Report on vaccination in the Province of Bengal - 1874-1889
Year: 1874
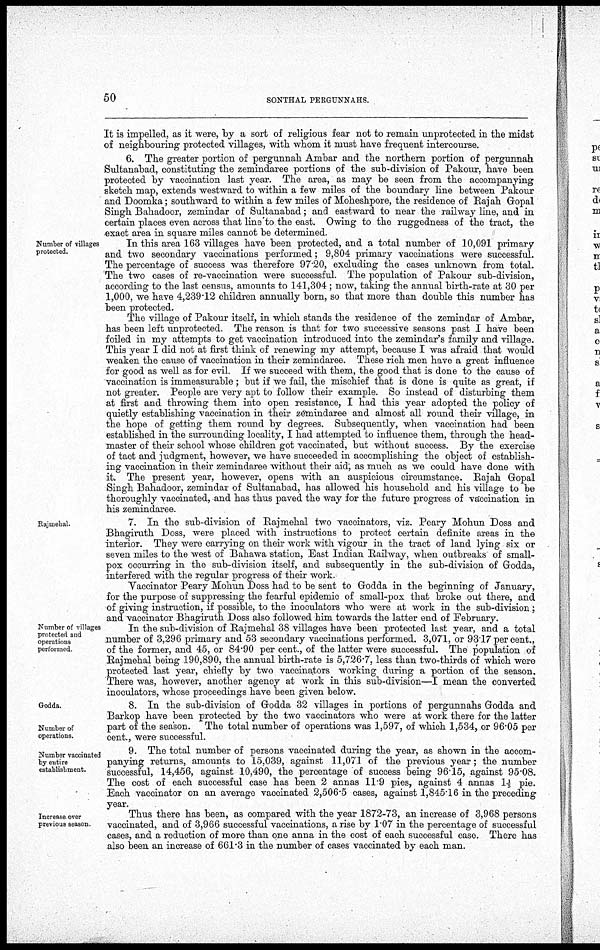
50
SONTHAL PERGUNNAHS.
It is impelled, as it were, by a sort of religious fear not to remain unprotected in the midst
of neighbouring protected villages, with whom it must have frequent intercourse.
6. The greater portion of pergunnah Ambar and the northern portion of pergunnah
Sultanabad, constituting the zemindaree portions of the sub-division of Pakour, have been
protected by vaccination last year. The area, as may be seen from the accompanying
sketch map, extends westward to within a few miles of the boundary line between Pakour
and Doomka; southward to within a few miles of Moheshpore, the residence of Rajah Gopal
Singh Bahadoor, zemindar of Sultanabad; and eastward to near the railway line, and in
certain places even across that line to the east. Owing to the ruggedness of the tract, the
exact area in square miles cannot be determined.
Number of villages
protected.
In this area 163 villages have been protected, and a total number of 10,091 primary
and two secondary vaccinations performed; 9,804 primary vaccinations were successful.
The percentage of success was therefore 97.20, excluding the cases unknown from total.
The two cases of re-vaccination were successful. The population of Pakour sub-division,
according to the last census, amounts to 141,304 ; now, taking the annual birth-rate at 30 per
1,000, we have 4,239.12 children annually born, so that more than double this number has
been protected.
The village of Pakour itself, in which stands the residence of the zemindar of Ambar,
has been left unprotected. The reason is that for two successive seasons past I have been
foiled in my attempts to get vaccination introduced into the zemindar's family and village.
This year I did not at first think of renewing my attempt, because I was afraid that would
weaken the cause of vaccination in their zemindaree. These rich men have a great influence
for good as well as for evil. If we succeed with them, the good that is done to the cause of
vaccination is immeasurable; but if we fail, the mischief that is done is quite as great, if
not greater. People are very apt to follow their example So instead of disturbing them
at first and throwing them into open resistance, I had this year adopted the policy of
quietly establishing vaccination in their zemindaree and almost all round their village, in
the hope of getting them round by degrees. Subsequently, when vaccination had been
established in the surrounding locality, I had attempted to influence them, through the head-
master of their school whose children got vaccinated, but without success. By the exercise
of tact and judgment, however, we have succeeded in accomplishing the object of establish-
ing vaccination in their zemindaree without their aid, as much as we could have done with
it. The present year, however, opens with an auspicious circumstance. Rajah Gopal
Singh Bahadoor, zemindar of Sultanabad, has allowed his household and his village to be
thoroughly vaccinated, and has thus paved the way for the future progress of vaccination in
his zemindaree.
Rajmehal.
7. In the sub-division of Rajmehal two vaccinators, viz. Peary Mohun Doss and
Bhagiruth Doss, were placed with instructions to protect certain definite areas in the
interior. They were carrying on their work with vigour in the tract of land lying six or
seven miles to the west of Bahawa station, East Indian Railway, when outbreaks of small-
pox occurring in the sub-division itself, and subsequently in the sub-division of Godda,
interfered with the regular progress of their work.
Vaccinator Peary Mohun Doss had to be sent to Godda in the beginning of January,
for the purpose of suppressing the fearful epidemic of small-pox that broke out there, and
of giving instruction, if possible, to the inoculators who were at work in the sub-division;
and vaccinator Bhagiruth Doss also followed him towards the latter end of February.
Number of villages
protected and
operations
performed
In the sub-division of Rajmehal 38 villages have been protected last year, and a total
number of 3,296 primary and 53 secondary vaccinations performed. 3,071, or 93.17 per cent.,
of the former, and 45, or 84.90 per cent., of the latter were successful. The population of
Rajmehal being 190,890, the annual birth-rate is 5,726.7, less than two-thirds of which were
protected last year, chiefly by two vaccinators working during a portion of the season.
There was, however, another agency at work in this sub-division—I mean the converted
inoculators, whose proceedings have been given below.
Godda.
Number of
operations.
8. In the sub-division of Godda 32 villages in portions of pergunnahs Godda and
Barkop have been protected by the two vaccinators who were at work there for the latter
part of the season. The total number of operations was 1,597, of which 1,534, or 96.05 per
cent., were successful.
Number vaccinated
by entire
establishment.
9. The total number of persons vaccinated during the year, as shown in the accom-
panying returns, amounts to 15,039, against 11,071 of the previous year; the number
successful, 14,456, against 10,490, the percentage of success being 96.15, against 95.08.
The cost of each successful case has been 2 annas 11.9 pies, against 4 annas 11/5 pie.
Each vaccinator on an average vaccinated 2,506.5 cases, against 1,845.16 in the preceding
year.
Increase over
previous season
Thus there has been, as compared with the year 1872-73, an increase of 3,968 persons
vaccinated, and of 3,966 successful vaccinations, a rise by 1.07 in the percentage of successful
cases, and a reduction of more than one anna in the cost of each successful case. There has
also been an increase of 661.3 in the number of cases vaccinated by each man.